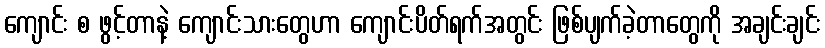
ကျောင်း စ ဖွင့်တာနဲ့ ကျောင်းသားတွေဟာ ကျောင်းပိတ်ရက်အတွင်း ဖြစ်ပျက်ခဲ့တာတွေကို အချင်းချင်း